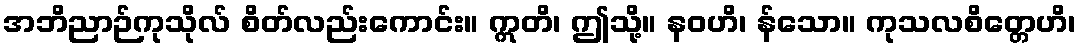
အဘိညာဉ်ကုသိုလ် စိတ်လည်းကောင်း။ ဣတိ၊ ဤသို့။ နဝဟိ၊ န်သော။ ကုသလစိတ္တေဟိ၊